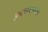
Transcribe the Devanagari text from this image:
इन्फ्रास्ट्रक्चरचे